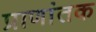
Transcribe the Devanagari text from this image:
प्राणांतक